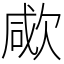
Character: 㰹